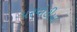
પરપોટીયા